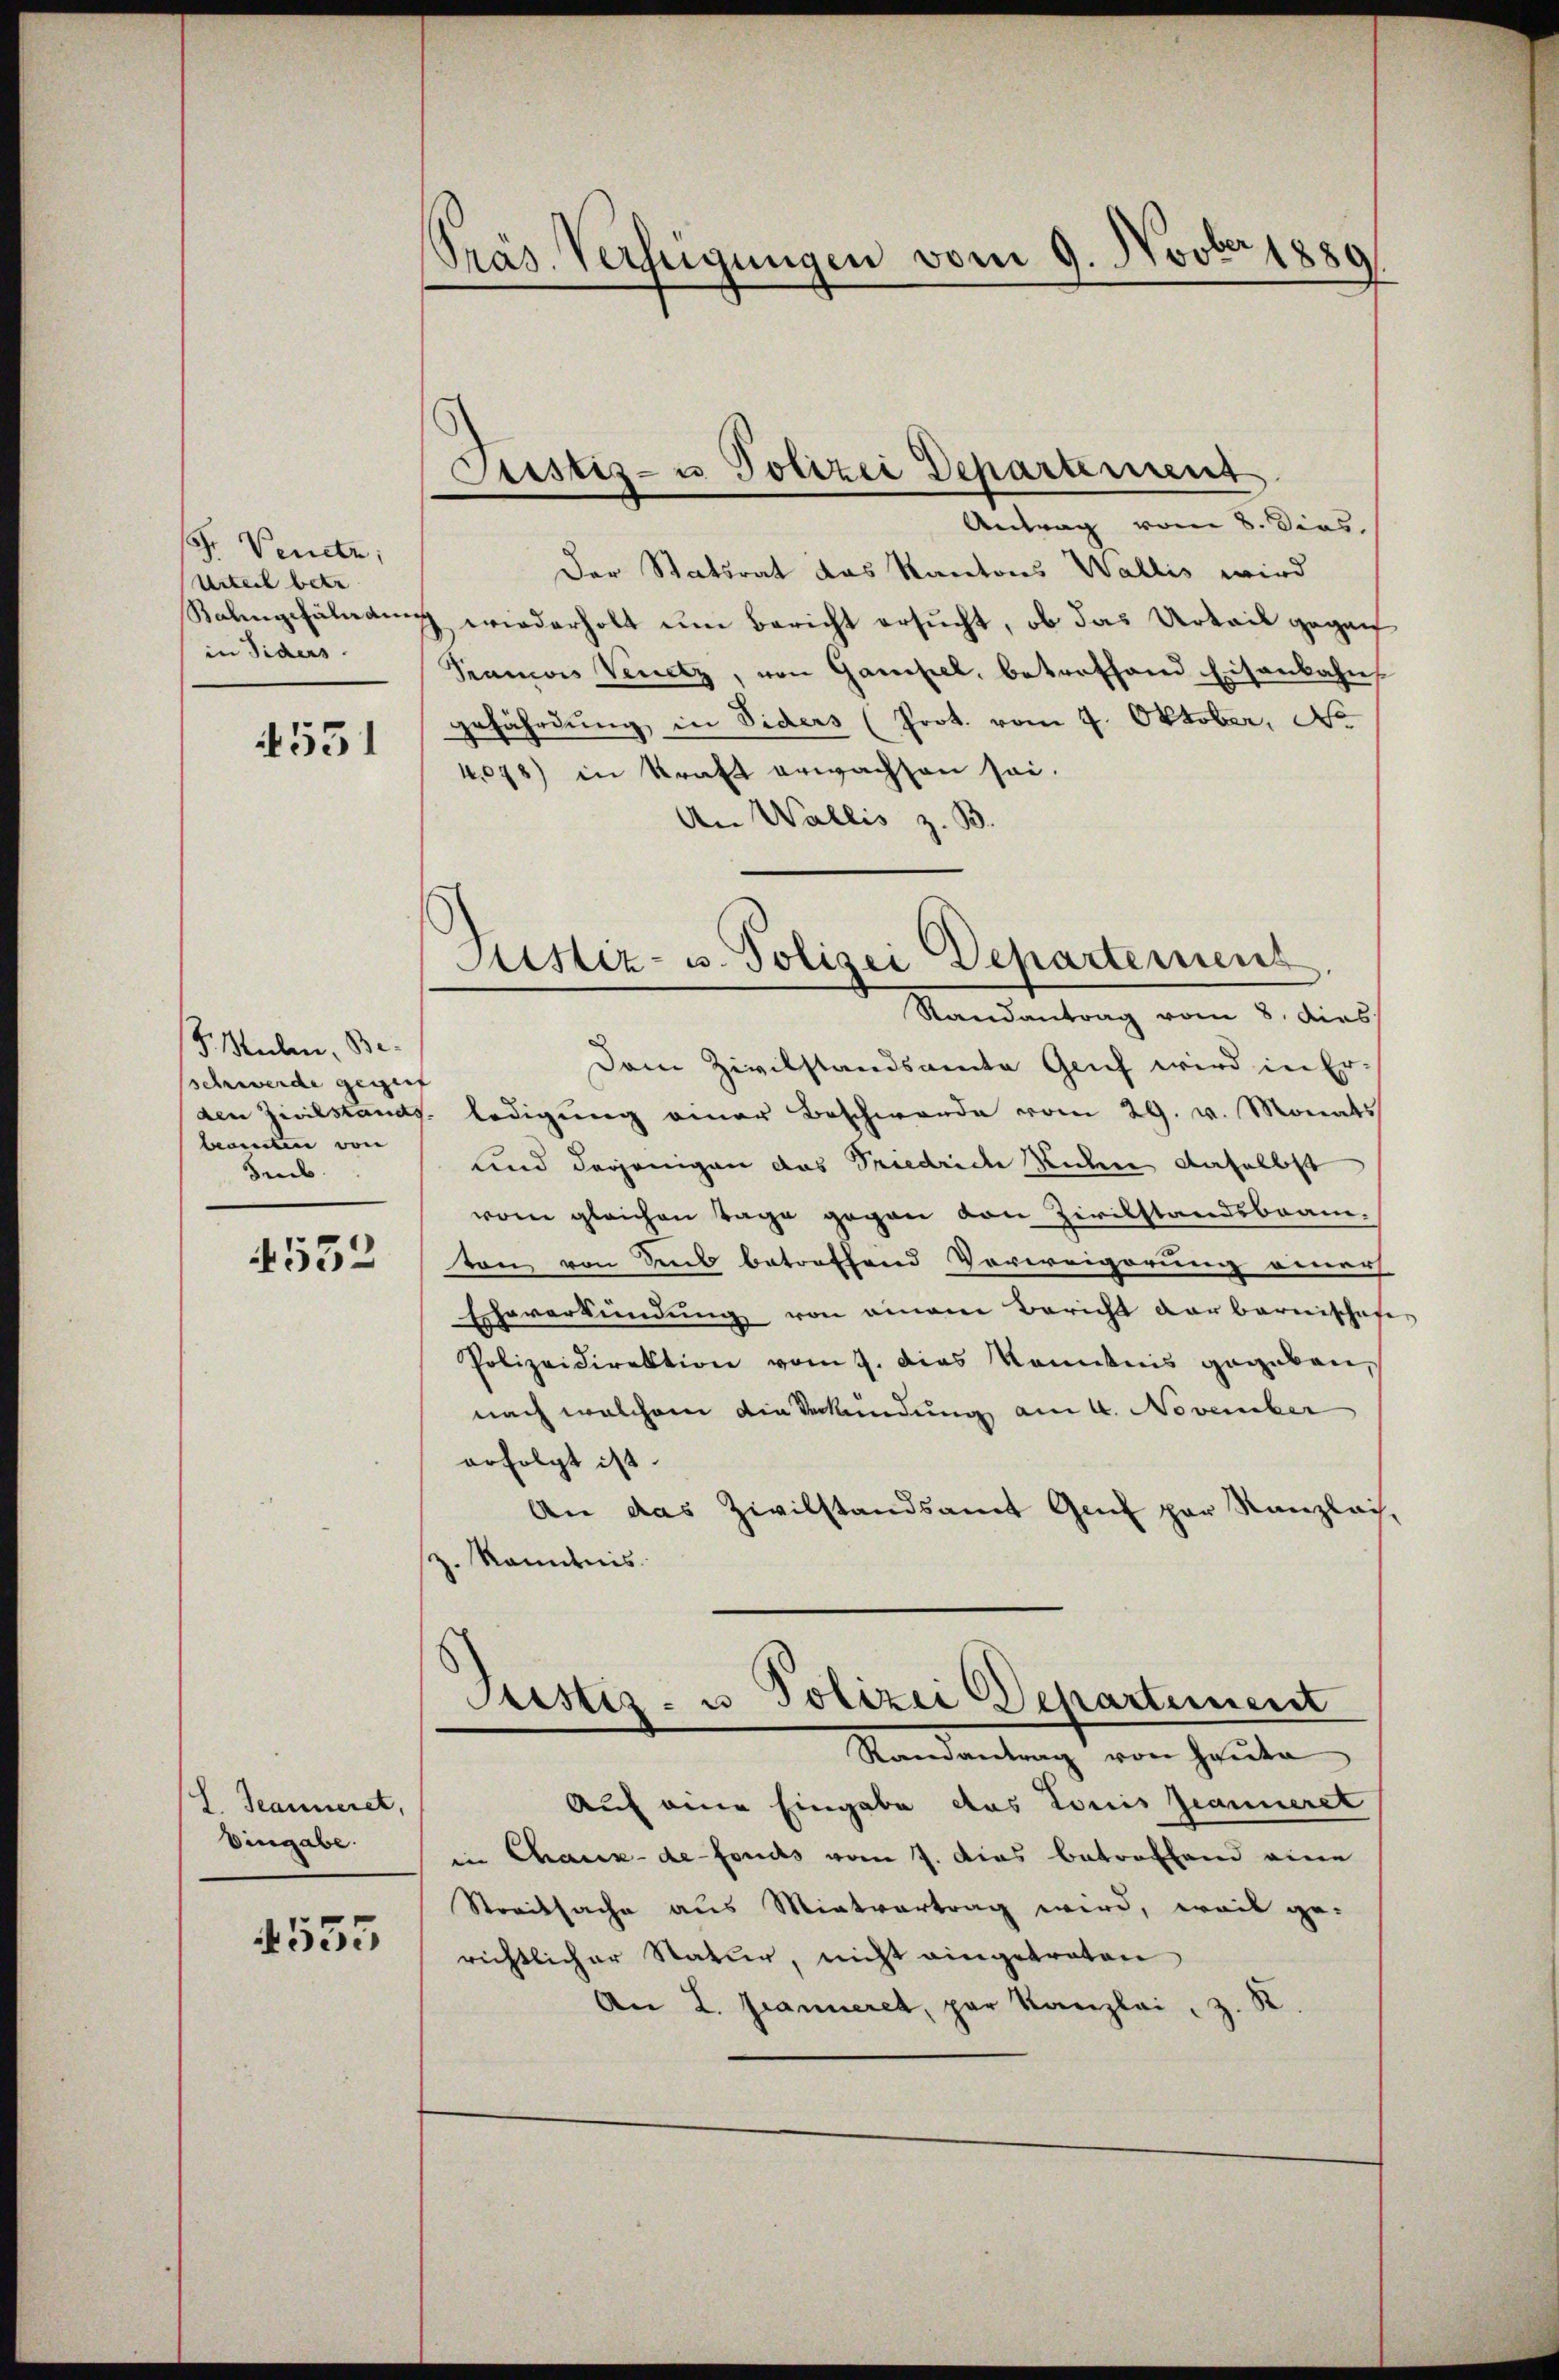
Fr. Venetz,
Urteil betr
Bahngefährden
in Fiders

4531

F. Sulen, Be-
schwerde gegrif
lamten von
Sub
4552

S. Jeanneret,
Eingabe.

533

PPräs. Verfügungen vom 9. Novber 1889

Custiz- u Polizei Departement

Justiz- u. Polizei Departement

Antrag vom 8. Dies
Der Statsrat das Kantons Wallis wird
7 wiederholt um Bericht ersucht, ob das Urteil gegan
Krames Venetz, von Gampel, betroffend Eisenbahn
gefährdung in Siders (Prot. vom 4. Oktober, No
4,078) in Kraft erwachsen sei.
An Wallis z. B.
Randantrag vom 8. dies
Dem Zivilstandsamte Genf wird in Er-
den Zivilstands ledigŭng einer Beschwerde vom 29. v. Monats
und derjenigen das Friedrich Riken daselbst
vom gleichen Tage gegen von Zivilstandsbeanton von Sub betroffend Verweigerung einer
Eheverkündung von einem Bericht darbarenschaf
Polizeidirektion vom 9. dies Kenntnis gegeben,
nach welchem die Verkündung am 4. November
erfolgt ist.
An das Zivilstandsamt Genf par Kanzlais.
z. kanntnis
Justiz- u. Polizei Departement
Randantrag von Hauta
Auf eine Eingabe das Louis Jeanneret
in Chaux-de-Fonds vom 7. Das betroffend eine
Streitsache aus Mietvertrag wird, weil ge-
richtlicher Natur, nicht eingetraten
An L. Jeanneret, par Kanzlei z. R.